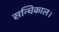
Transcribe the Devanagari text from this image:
सन्धिकाल।